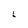
Character: L